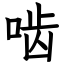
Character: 啮